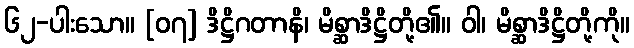
၆၂-ပါးသော။ [၀၇] ဒိဋ္ဌိဂတာနိ၊ မိစ္ဆာဒိဋ္ဌိတို့၏။ ဝါ၊ မိစ္ဆာဒိဋ္ဌိတို့ကို။